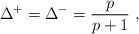
LaTeX: \begin{align*}\Delta ^{+}=\Delta ^{-}=\frac{p}{p+1}\, \, ,\end{align*}